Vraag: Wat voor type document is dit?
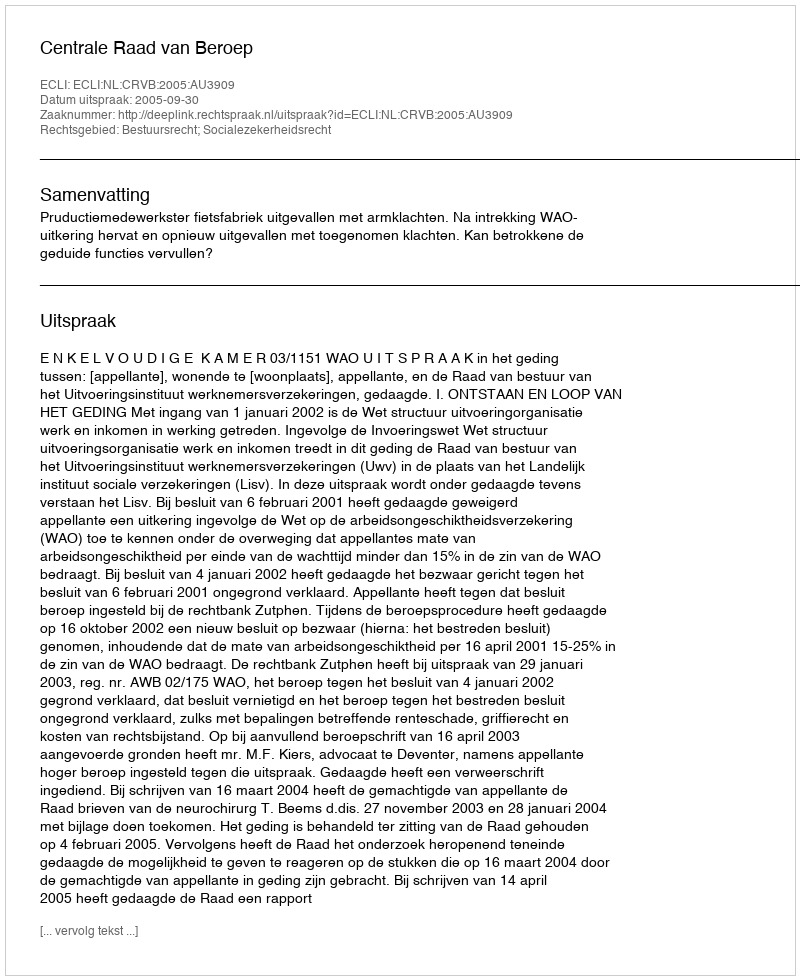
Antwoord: Uitspraak